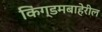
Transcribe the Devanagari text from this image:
किंग्डमबाहेरील